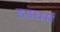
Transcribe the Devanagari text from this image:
डडधर्म